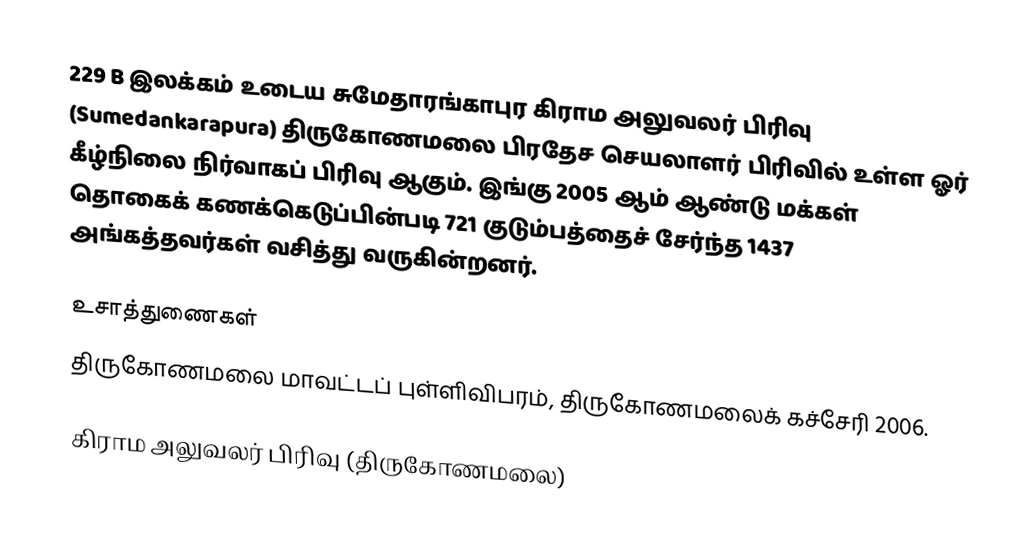
229 B இலக்கம்  உடைய சுமேதாரங்காபுர கிராம அலுவலர் பிரிவு  (Sumedankarapura) திருகோணமலை பிரதேச செயலாளர் பிரிவில் உள்ள ஓர் கீழ்நிலை நிர்வாகப் பிரிவு ஆகும். இங்கு 2005 ஆம் ஆண்டு மக்கள் தொகைக் கணக்கெடுப்பின்படி 721 குடும்பத்தைச் சேர்ந்த 1437 அங்கத்தவர்கள் வசித்து வருகின்றனர்.

உசாத்துணைகள்
திருகோணமலை மாவட்டப் புள்ளிவிபரம், திருகோணமலைக் கச்சேரி 2006.

கிராம அலுவலர் பிரிவு (திருகோணமலை)